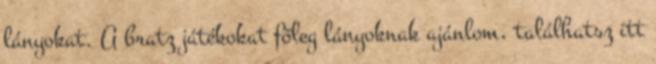
lányokat. A bratz játékokat főleg lányoknak ajánlom, találhatsz itt